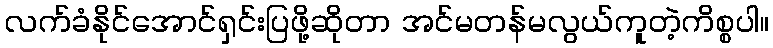
လက်ခံနိုင်အောင်ရှင်းပြဖို့ဆိုတာ အင်မတန်မလွယ်ကူတဲ့ကိစ္စပါ။